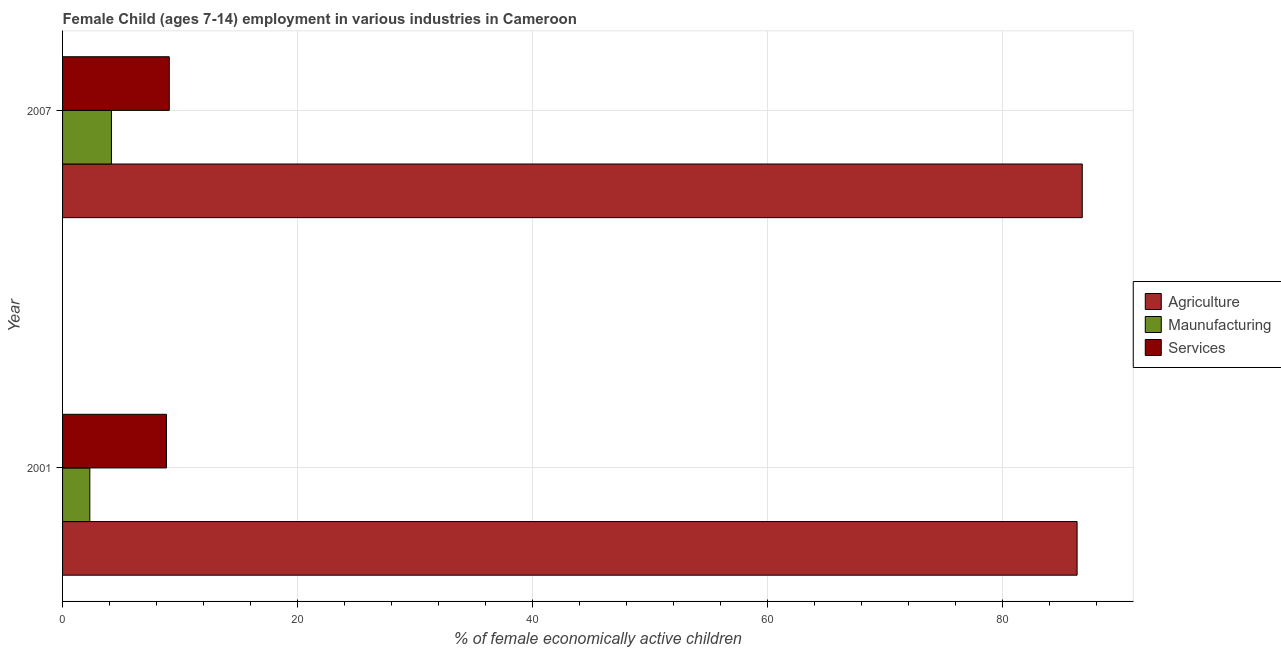
| Year | Agriculture | Maunufacturing | Services |
 | --- | --- | --- | --- |
 | 2001 | 86.3 | 2.32 | 8.84 |
 | 2007 | 86.8 | 4.16 | 9.08 |